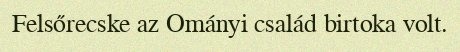
Felsőrecske az Ományi család birtoka volt.